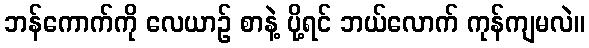
ဘန်ကောက်ကို လေယာဉ် စာနဲ့ ပို့ရင် ဘယ်လောက် ကုန်ကျမလဲ။